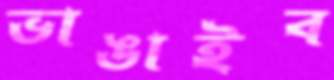
ভাঙাইব